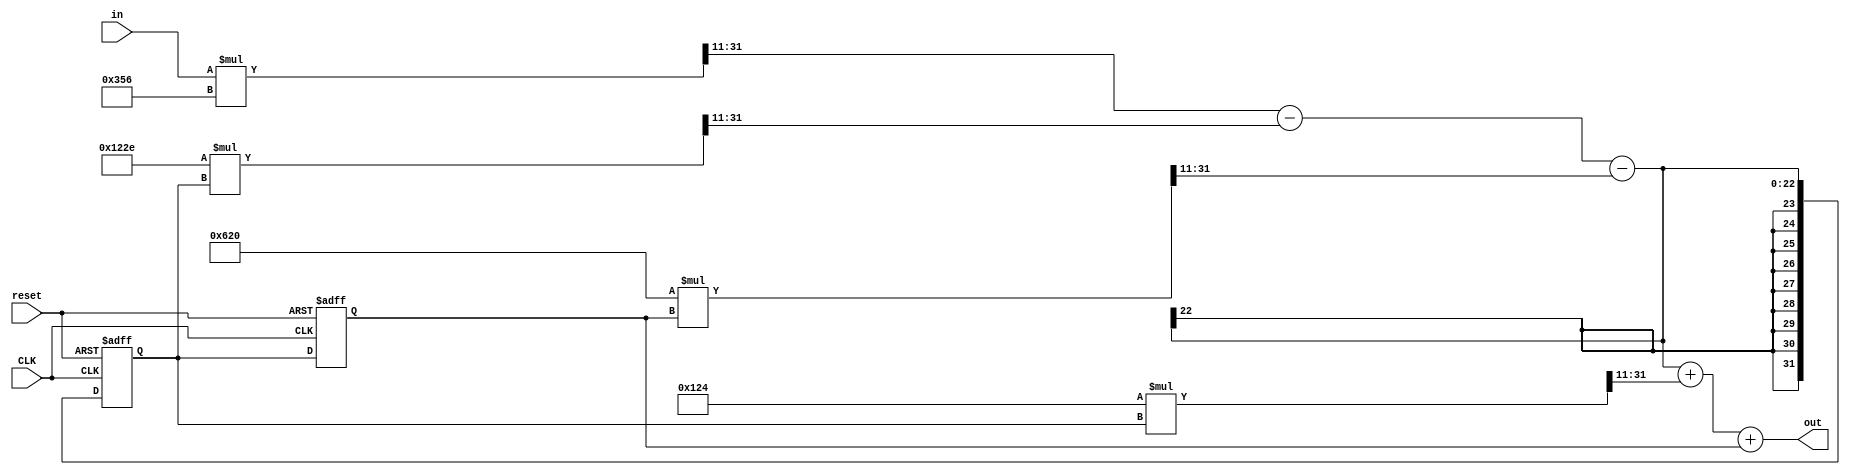
module IIR_filter2(out, in, CLK,reset
    );

parameter no_bits = 32;

input CLK;
input reset;

input signed [no_bits-1:0]  in;
output signed [no_bits-1:0] out;
reg [no_bits-1:0] out;


reg signed [no_bits-1:0] b2,a2,a3,s;

reg signed [no_bits-1:0] in_s, diff_1, diff_2, fb1, fb2, fw1, sum_1, sum_2, delay1, delay2; 

always @(*)
begin

b2<=32'd292;
a2<=-32'd3538;
a3<=32'd1568;
s<=32'd854;

end

always @(posedge (CLK) or negedge (reset))
begin
if(~reset) begin
		delay1 <= 32'b0;
    end
    else begin
		delay1 <= diff_2;
    end
end


always @(posedge (CLK) or negedge (reset))
begin
if(~reset) begin
		delay2 <= 32'b0;
    end
    else begin
		delay2 <= delay1;
    end
end


always @(*) in_s <= (in * s)>>>11;
always @(*) diff_1 <= in_s - fb1;
always @(*) fb1 <= (a2 * delay1)>>>11;
always @(*) diff_2 <= diff_1 - fb2;
always @(*) fb2 <= (a3 * delay2)>>>11;
always @(*) sum_1 <= diff_2 + fw1;
always @(*) fw1 <= (b2 * delay1)>>>11;
always @(*) sum_2 <= sum_1 + delay2;
always @(*) out <= sum_2; 
 
 

endmodule